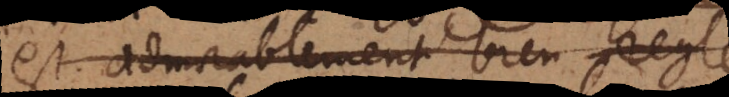
est admirablement bien reglé.